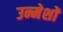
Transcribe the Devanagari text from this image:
उन्मेशों